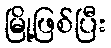
မြို့ဖြစ်ပြီး